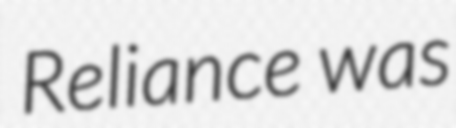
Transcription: Reliance was